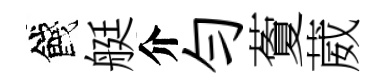
餞艇介勻藑葳